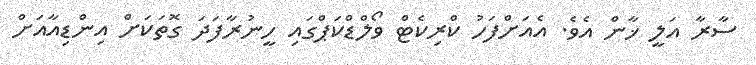
ސާރާ އަލީ ޚާން އެވެ. އެއަށްފަހު ކްރިކެޓް ވޯލްޑްކަޕްގައި ހީނުރާފަދަ ގޮތަކަށް އިންޑިއާއަށް